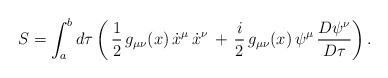
\begin{align*}S=\int_{a}^{b}d\tau \left(\,{1\over 2}\,g_{\mu \nu}(x)\,\dot{x}^\mu \,\dot{x}^\nu\, +\, {i\over 2}\, g_{\mu \nu}(x)\,\psi^\mu \,{D\psi^\nu\over D\tau} \right).\end{align*}